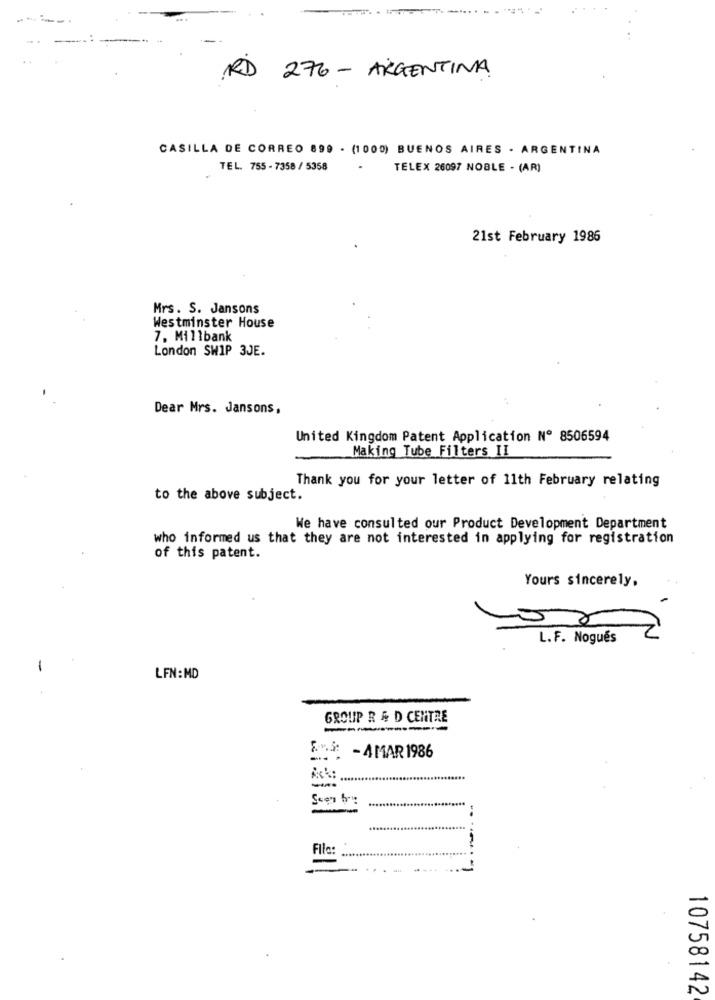
-.
RD 276 - ARGENTINA
CASILLA DE CORREO 899 - (1000) BUENOS AIRES - ARGENTINA
TEL. 755 - 7358 / 5358
TELEX 26097 NOBLE - (AR)
21st February 1986
Mrs. S. Jansons
Westminster House
7, Millbank
London SWIP 3JE.
Dear Mrs. Jansons,
United Kingdom Patent Application Nº 8506594
Making Tube Filters II
Thank you for your letter of 11th February relating
to the above subject.
We have consulted our Product Development Department
who informed us that they are not interested in applying for registration
of this patent.
Yours sincerely,
L.F. Nogués
-
LFN: MD
GROUP R & D CENTRE
-- -
Små: - 4MAR 1986
File:
-
10758142